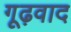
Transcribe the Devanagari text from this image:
गूढ़वाद